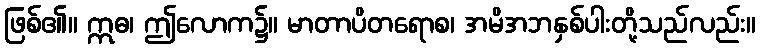
ဖြစ်၏။ ဣဓ၊ ဤလောက၌။ မာတာပိတရောစ၊ အမိအဘနှစ်ပါးတို့သည်လည်း။